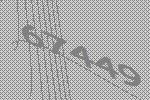
67449